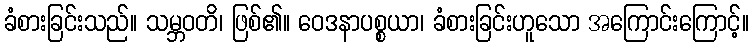
ခံစားခြင်းသည်။ သမ္ဘဝတိ၊ ဖြစ်၏။ ဝေဒနာပစ္စယာ၊ ခံစားခြင်းဟူသော အကြောင်းကြောင့်။